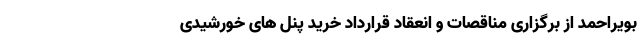
بویراحمد از برگزاری مناقصات و انعقاد قرارداد خرید پنل های خورشیدی